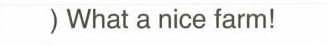
() Whatanicefarm!